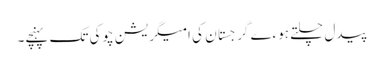
پیدل چلتے ہوءے گرجستان کی امیگریشن چوکی تک پہنچے۔